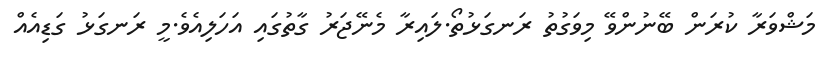
މަޝްވަރާ ކުރަން ބޭނުންވޭ މިވަގުތު ރަނގަޅުތޯ.ލައިރާ މެނޭޖަރު ގާތުގައި އަހަލިއެވެ.މީ ރަނގަޅު ގަޑިއެއް